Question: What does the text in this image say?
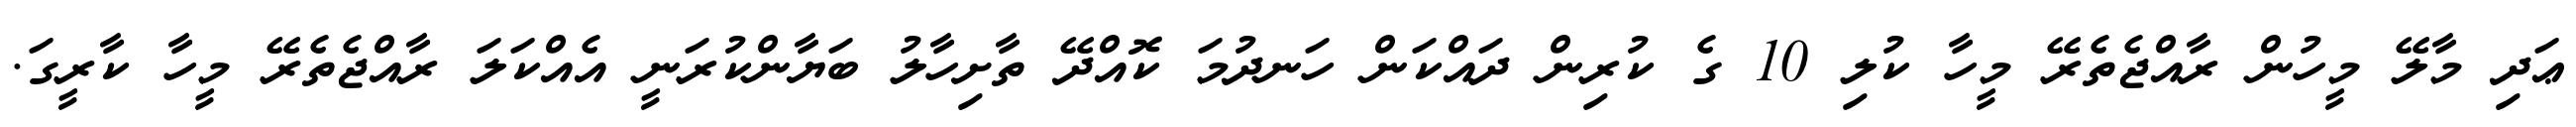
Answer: ޢަދި މާލޭ މީހުން ރާއްޖެތެރޭ މީހާ ކުލި 10 ގެ ކުރިން ދައްކަން ހަނދުމަ ކޮއްދޭ ތާށިހާލު ބަޔާންކުރަނީ އެއްކަލަ ރާއްޖެތެރޭ މީހާ ކާރީގަ.